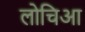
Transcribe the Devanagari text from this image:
लोचिआ